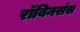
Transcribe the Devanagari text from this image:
रॉबिनसंस